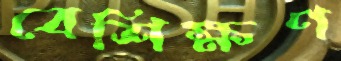
বেশিক্ষণ